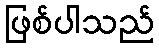
ဖြစ်ပါသည်